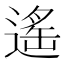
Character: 遙